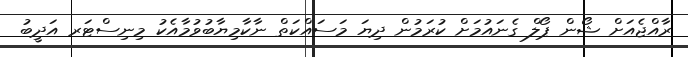
ރާއްޖެއަށް ޝޯން ޕޯލް ގެނައުމަށް ކުރަމުން ދިޔަ މަސައްކަތް ނާކާމިޔާބުވުމާއެކު މިނިސްޓަރ އަދީބު